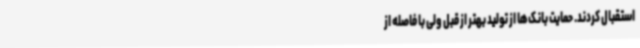
استقبال کردند. حمایت بانک‌ها از تولید بهتر از قبل ولی با فاصله از